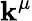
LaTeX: \mathbf{k}^{\mu}